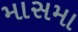
માસમા